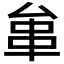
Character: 𠫺